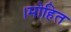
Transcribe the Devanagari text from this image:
।मोहित